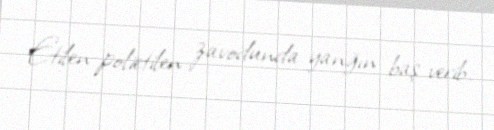
Etilen-polietilen zavodunda yanğın baş verib.